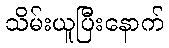
သိမ်းယူပြီးနောက်